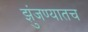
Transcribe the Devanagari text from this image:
झुंजण्यातच